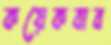
কয়েকবাব